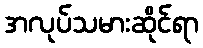
အလုပ်သမားဆိုင်ရာ